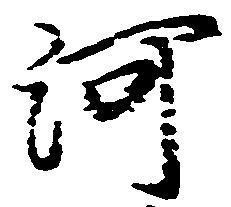
河